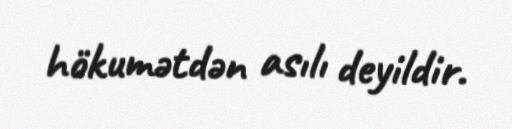
hökumətdən asılı deyildir.